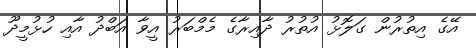
އޭގެ އިތުރުން ގަލޮޅު އުތުރު ދާއިރާގެ މެމްބަރު އީވާ އަބްދު އާއި ހުޅުމީދޫ